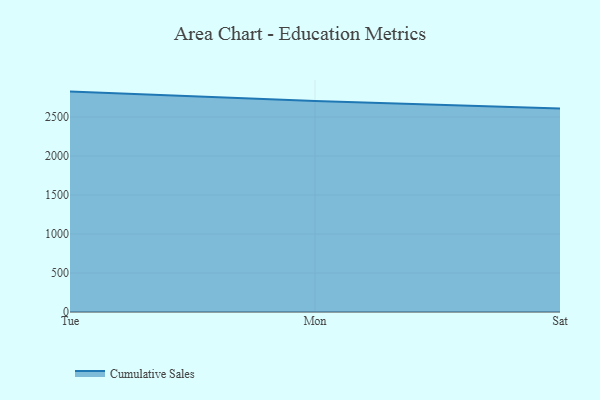
{"axis": {"x": "Day", "y": "Website Visitors"}, "legend": ["Cumulative Sales"], "data": [{"x": "Tue", "y": 2825.4, "type": "Cumulative Sales"}, {"x": "Mon", "y": 2704.8, "type": "Cumulative Sales"}, {"x": "Sat", "y": 2609.5, "type": "Cumulative Sales"}]}